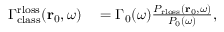
\begin{array} { r l } { \Gamma _ { \mathrm { c l a s s } } ^ { \mathrm { r l o s s } } ( \mathbf { r } _ { 0 } , \omega ) } & { { } = \Gamma _ { 0 } ( \omega ) \frac { P _ { \mathrm { r l o s s } } ( \mathbf { r } _ { 0 } , \omega ) } { P _ { 0 } ( \omega ) } , } \end{array}